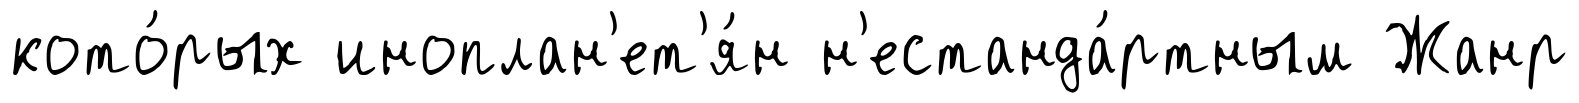
кото́рых иноплан'ет'я́н н'естанда́ртным Жанр